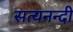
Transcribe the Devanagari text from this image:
सत्यनन्दी